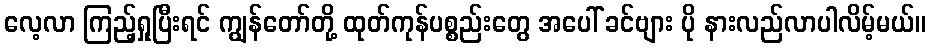
လေ့လာ ကြည့်ရှုပြီးရင် ကျွန်တော်တို့ ထုတ်ကုန်ပစ္စည်းတွေ အပေါ် ခင်ဗျား ပို နားလည်လာပါလိမ့်မယ်။